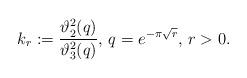
LaTeX: \begin{align*}k_r:=\frac{\vartheta_2^2(q)}{\vartheta_3^2(q)}\textrm{, }q=e^{-\pi\sqrt{r}}\textrm{, }r>0.\end{align*}